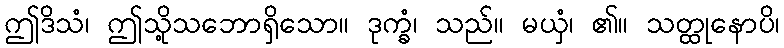
ဤဒိသံ၊ ဤသို့သဘောရှိသော။ ဒုက္ခံ၊ သည်။ မယှံ၊ ၏။ သတ္ထုနောပိ၊